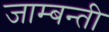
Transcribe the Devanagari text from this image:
जाम्बन्ती